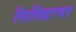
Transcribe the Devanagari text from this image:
सिलिंडरवर